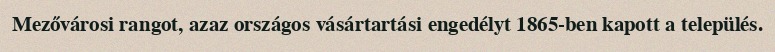
Mezővárosi rangot, azaz országos vásártartási engedélyt 1865-ben kapott a település.